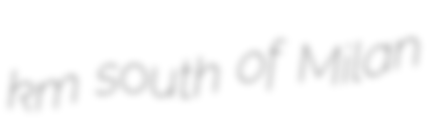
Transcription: km south of Milan